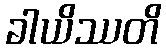
ခါယိဿတိ